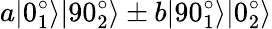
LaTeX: a|0_{1}^{\circ}\rangle|90_{2}^{\circ}\rangle\pm b|90_{1}^{\circ}\rangle|0_{2}^{\circ}\rangle